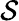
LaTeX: \mathcal{S}